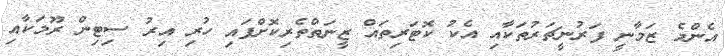
އެންމެ ޒަމާނީ ފަރުނީޗަރުތަކާއި އެކު ކޮޓަރިތައް ޒީނަތްތެރިކޮށްފައި ހުރި އިރު ސިޓިން ރޫމަކާއި